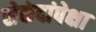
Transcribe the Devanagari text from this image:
सेकंदांपेक्षा